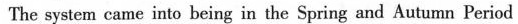
The system came into being in the Spring and Autumn Period